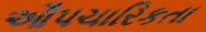
ઔપચારિકતા